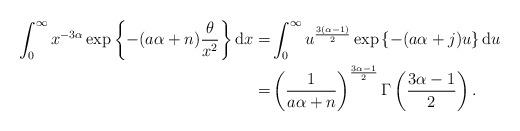
LaTeX: \begin{align*}\int^\infty_0x^{-3\alpha}\exp\left\{-(a\alpha+n)\frac{\theta}{x^2} \right\}\mathrm{d}x=&\int^\infty_0u^{\frac{3(\alpha-1)}{2}}\exp\left\{-(a\alpha+j)u\right\}\mathrm{d}u\\=&\left(\frac{1}{a\alpha+n}\right)^{\frac{3\alpha-1}{2}}\Gamma\left( \frac{3\alpha-1}{2} \right).\end{align*}